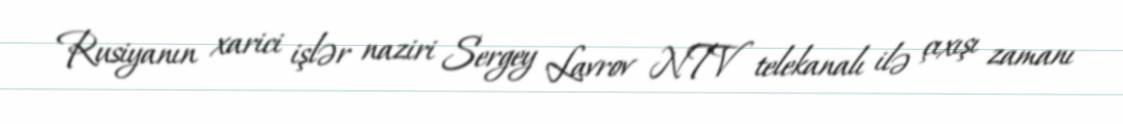
Rusiyanın xarici işlər naziri Sergey Lavrov NTV telekanalı ilə çıxışı zamanı